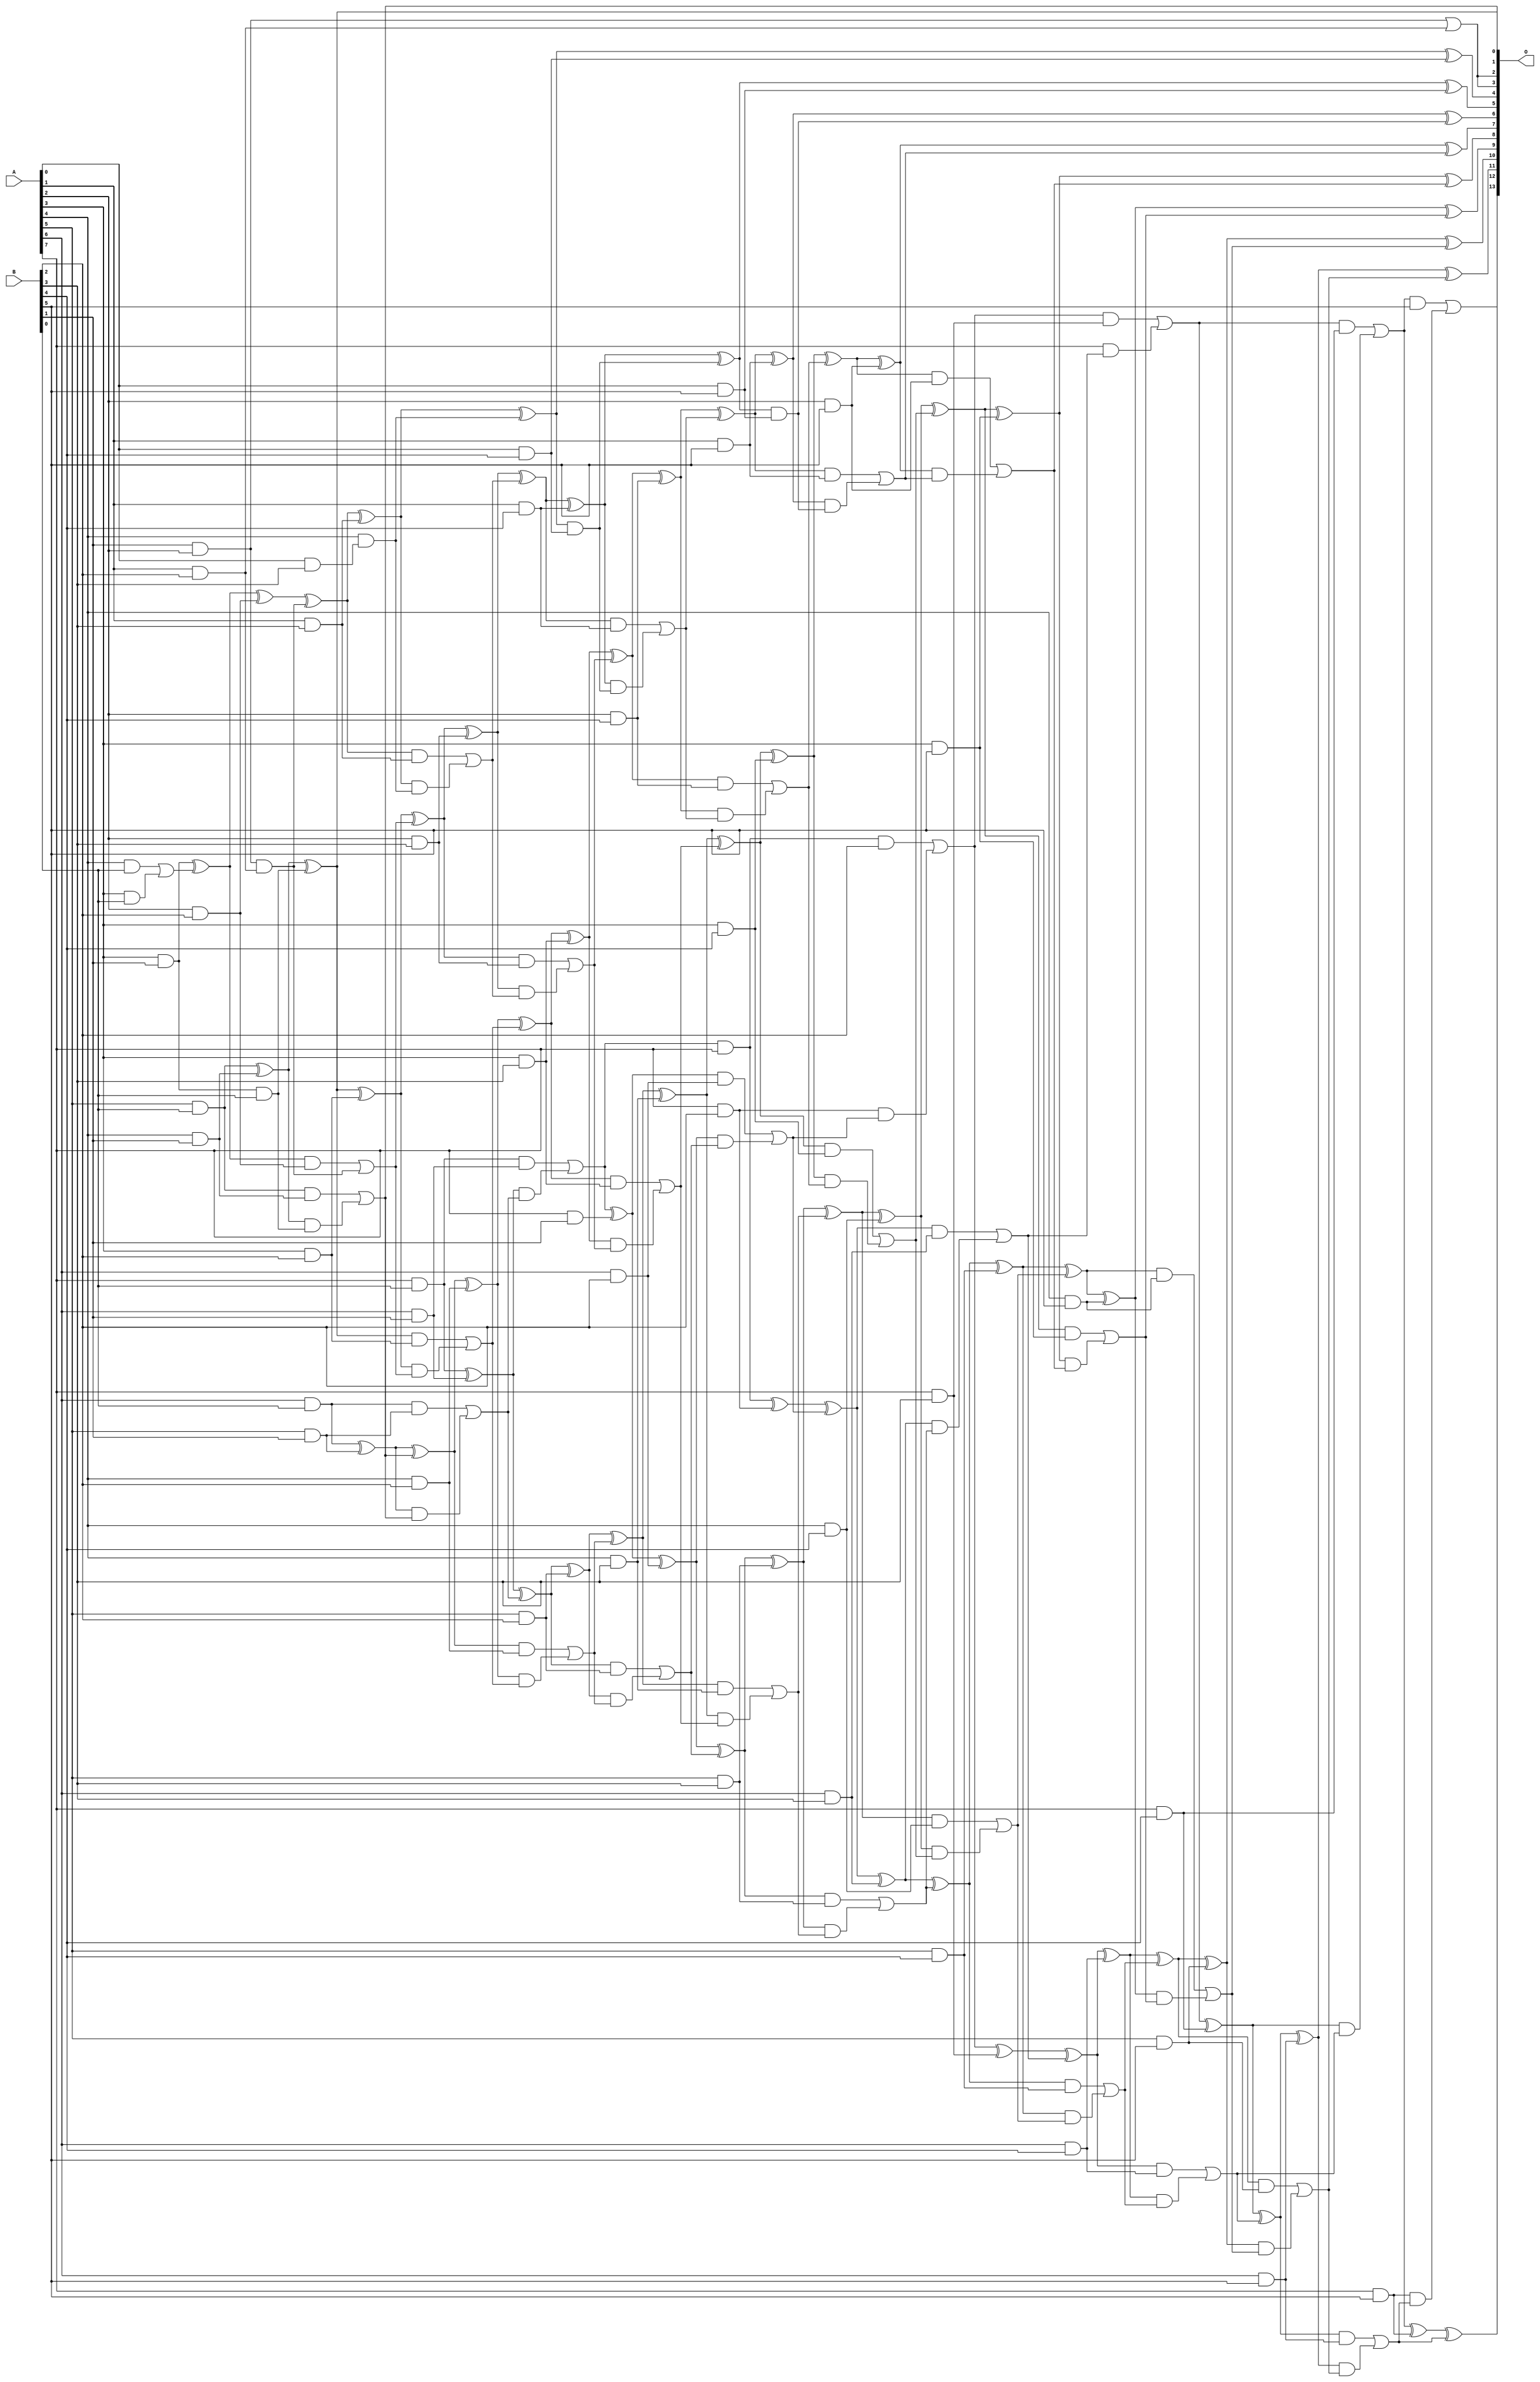
// This program was cloned from: https://github.com/ehw-fit/evoapproxlib
// License: MIT License

/***
* This code is a part of EvoApproxLib library (ehw.fit.vutbr.cz/approxlib) distributed under The MIT License.
* When used, please cite the following article(s): V. Mrazek, L. Sekanina, Z. Vasicek "Libraries of Approximate Circuits: Automated Design and Application in CNN Accelerators" IEEE Journal on Emerging and Selected Topics in Circuits and Systems, Vol 10, No 4, 2020 
* This file contains a circuit from a sub-set of pareto optimal circuits with respect to the pwr and wce parameters
***/
// MAE% = 0.028 %
// MAE = 4.6 
// WCE% = 0.10 %
// WCE = 17 
// WCRE% = 100.00 %
// EP% = 79.69 %
// MRE% = 0.83 %
// MSE = 38 
// PDK45_PWR = 0.234 mW
// PDK45_AREA = 444.9 um2
// PDK45_DELAY = 1.41 ns

module mul8x6u_629 (
    A,
    B,
    O
);

input [7:0] A;
input [5:0] B;
output [13:0] O;

wire sig_16,sig_17,sig_19,sig_20,sig_21,sig_22,sig_27,sig_28,sig_29,sig_37,sig_39,sig_40,sig_41,sig_44,sig_45,sig_47,sig_48,sig_49,sig_50,sig_51;
wire sig_52,sig_53,sig_54,sig_55,sig_56,sig_57,sig_58,sig_59,sig_60,sig_61,sig_62,sig_63,sig_65,sig_66,sig_67,sig_68,sig_69,sig_70,sig_71,sig_74;
wire sig_75,sig_79,sig_80,sig_82,sig_83,sig_84,sig_85,sig_86,sig_87,sig_88,sig_89,sig_90,sig_91,sig_92,sig_93,sig_94,sig_95,sig_96,sig_97,sig_98;
wire sig_99,sig_100,sig_101,sig_102,sig_103,sig_104,sig_105,sig_106,sig_107,sig_108,sig_109,sig_110,sig_111,sig_112,sig_113,sig_114,sig_115,sig_116,sig_117,sig_119;
wire sig_120,sig_121,sig_122,sig_123,sig_124,sig_125,sig_126,sig_127,sig_128,sig_129,sig_130,sig_131,sig_132,sig_133,sig_134,sig_135,sig_136,sig_137,sig_138,sig_139;
wire sig_140,sig_141,sig_142,sig_143,sig_144,sig_145,sig_146,sig_147,sig_148,sig_149,sig_150,sig_151,sig_152,sig_153,sig_154,sig_155,sig_156,sig_157,sig_158,sig_159;
wire sig_160,sig_161,sig_162,sig_163,sig_164,sig_165,sig_166,sig_167,sig_168,sig_169,sig_170,sig_171,sig_172,sig_173,sig_174,sig_175,sig_176,sig_177,sig_178,sig_179;
wire sig_180,sig_181,sig_182,sig_183,sig_184,sig_185,sig_186,sig_187,sig_188,sig_189,sig_190,sig_191,sig_192,sig_193,sig_194,sig_195,sig_196,sig_197,sig_198,sig_199;
wire sig_200,sig_201,sig_202,sig_203,sig_204,sig_205,sig_206,sig_207,sig_208,sig_209,sig_210,sig_211,sig_212,sig_213,sig_214,sig_215,sig_216,sig_217,sig_218,sig_219;
wire sig_220,sig_221,sig_222,sig_223,sig_224,sig_225,sig_226,sig_227,sig_228,sig_229,sig_230,sig_231,sig_232,sig_233,sig_234,sig_235,sig_236,sig_237,sig_238,sig_239;
wire sig_240,sig_241,sig_242,sig_243;

assign sig_16 = A[4] & B[1];
assign sig_17 = A[4] & B[0];
assign sig_19 = A[5] & B[0];
assign sig_20 = A[6] & B[0];
assign sig_21 = A[7] & B[0];
assign sig_22 = A[3] & B[1];
assign sig_27 = A[5] & B[1];
assign sig_28 = A[6] & B[1];
assign sig_29 = A[7] & B[1];
assign sig_37 = ~(B[1] & A[2]);
assign sig_39 = A[3] & B[0];
assign sig_40 = ~sig_37;
assign sig_41 = sig_17 | sig_39;
assign sig_44 = sig_22 & B[0];
assign sig_45 = sig_22 ^ sig_41;
assign sig_47 = sig_19 ^ sig_16;
assign sig_48 = sig_19 & sig_16;
assign sig_49 = sig_47 & sig_44;
assign sig_50 = sig_47 ^ sig_44;
assign sig_51 = sig_48 | sig_49;
assign sig_52 = sig_20 ^ sig_27;
assign sig_53 = sig_20 & sig_27;
assign sig_54 = sig_52 & sig_51;
assign sig_55 = sig_52 ^ sig_51;
assign sig_56 = sig_53 | sig_54;
assign sig_57 = sig_21 ^ sig_28;
assign sig_58 = sig_21 & sig_28;
assign sig_59 = sig_57 & sig_56;
assign sig_60 = sig_57 ^ sig_56;
assign sig_61 = sig_58 | sig_59;
assign sig_62 = sig_61 & A[7];
assign sig_63 = sig_61 ^ sig_29;
assign sig_65 = A[1] & B[2];
assign sig_66 = A[2] & B[2];
assign sig_67 = A[3] & B[2];
assign sig_68 = A[4] & B[2];
assign sig_69 = A[5] & B[2];
assign sig_70 = A[6] & B[2];
assign sig_71 = A[7] & B[2];
assign sig_74 = sig_40 | sig_65;
assign sig_75 = sig_40 & sig_65;
assign sig_79 = sig_45 ^ sig_66;
assign sig_80 = sig_45 & sig_66;
assign sig_82 = sig_79 ^ sig_75;
assign sig_83 = sig_80 | sig_75;
assign sig_84 = sig_50 ^ sig_67;
assign sig_85 = sig_50 & sig_67;
assign sig_86 = sig_84 & sig_83;
assign sig_87 = sig_84 ^ sig_83;
assign sig_88 = sig_85 | sig_86;
assign sig_89 = sig_55 ^ sig_68;
assign sig_90 = sig_55 & sig_68;
assign sig_91 = sig_89 & sig_88;
assign sig_92 = sig_89 ^ sig_88;
assign sig_93 = sig_90 | sig_91;
assign sig_94 = sig_60 ^ sig_69;
assign sig_95 = sig_60 & sig_69;
assign sig_96 = sig_94 & sig_93;
assign sig_97 = sig_94 ^ sig_93;
assign sig_98 = sig_95 | sig_96;
assign sig_99 = sig_63 ^ sig_70;
assign sig_100 = sig_63 & sig_70;
assign sig_101 = sig_99 & sig_98;
assign sig_102 = sig_99 ^ sig_98;
assign sig_103 = sig_100 | sig_101;
assign sig_104 = sig_62 ^ sig_71;
assign sig_105 = sig_62 & B[2];
assign sig_106 = sig_71 & sig_103;
assign sig_107 = sig_104 ^ sig_103;
assign sig_108 = sig_105 | sig_106;
assign sig_109 = A[0] & B[3];
assign sig_110 = A[1] & B[3];
assign sig_111 = A[2] & B[3];
assign sig_112 = A[3] & B[3];
assign sig_113 = A[4] & B[3];
assign sig_114 = A[5] & B[3];
assign sig_115 = A[6] & B[3];
assign sig_116 = A[7] & B[3];
assign sig_117 = A[4] & sig_109;
assign sig_119 = sig_82 ^ sig_110;
assign sig_120 = sig_82 & sig_110;
assign sig_121 = sig_119 & sig_117;
assign sig_122 = sig_119 ^ sig_117;
assign sig_123 = sig_120 | sig_121;
assign sig_124 = sig_87 ^ sig_111;
assign sig_125 = sig_87 & sig_111;
assign sig_126 = sig_124 & sig_123;
assign sig_127 = sig_124 ^ sig_123;
assign sig_128 = sig_125 | sig_126;
assign sig_129 = sig_92 ^ sig_112;
assign sig_130 = sig_92 & sig_112;
assign sig_131 = sig_129 & sig_128;
assign sig_132 = sig_129 ^ sig_128;
assign sig_133 = sig_130 | sig_131;
assign sig_134 = sig_97 ^ sig_113;
assign sig_135 = sig_97 & sig_113;
assign sig_136 = sig_134 & sig_133;
assign sig_137 = sig_134 ^ sig_133;
assign sig_138 = sig_135 | sig_136;
assign sig_139 = sig_102 ^ sig_114;
assign sig_140 = sig_102 & sig_114;
assign sig_141 = sig_139 & sig_138;
assign sig_142 = sig_139 ^ sig_138;
assign sig_143 = sig_140 | sig_141;
assign sig_144 = sig_107 ^ sig_115;
assign sig_145 = sig_107 & sig_115;
assign sig_146 = sig_144 & sig_143;
assign sig_147 = sig_144 ^ sig_143;
assign sig_148 = sig_145 | sig_146;
assign sig_149 = sig_108 ^ sig_116;
assign sig_150 = sig_108 & sig_116;
assign sig_151 = A[7] & sig_148;
assign sig_152 = sig_149 ^ sig_148;
assign sig_153 = sig_150 | sig_151;
assign sig_154 = A[0] & B[4];
assign sig_155 = A[1] & B[4];
assign sig_156 = A[2] & B[4];
assign sig_157 = A[3] & B[4];
assign sig_158 = A[4] & B[4];
assign sig_159 = A[5] & B[4];
assign sig_160 = A[6] & B[4];
assign sig_161 = A[7] & B[4];
assign sig_162 = sig_122 & sig_154;
assign sig_163 = sig_122 ^ sig_154;
assign sig_164 = sig_127 ^ sig_155;
assign sig_165 = sig_127 & sig_155;
assign sig_166 = sig_164 & sig_162;
assign sig_167 = sig_164 ^ sig_162;
assign sig_168 = sig_165 | sig_166;
assign sig_169 = sig_132 ^ sig_156;
assign sig_170 = sig_132 & sig_156;
assign sig_171 = sig_169 & sig_168;
assign sig_172 = sig_169 ^ sig_168;
assign sig_173 = sig_170 | sig_171;
assign sig_174 = sig_137 ^ sig_157;
assign sig_175 = sig_137 & sig_157;
assign sig_176 = sig_174 & sig_173;
assign sig_177 = sig_174 ^ sig_173;
assign sig_178 = sig_175 | sig_176;
assign sig_179 = sig_142 ^ sig_158;
assign sig_180 = sig_142 & sig_158;
assign sig_181 = sig_179 & sig_178;
assign sig_182 = sig_179 ^ sig_178;
assign sig_183 = sig_180 | sig_181;
assign sig_184 = sig_147 ^ sig_159;
assign sig_185 = sig_147 & sig_159;
assign sig_186 = sig_184 & sig_183;
assign sig_187 = sig_184 ^ sig_183;
assign sig_188 = sig_185 | sig_186;
assign sig_189 = sig_152 ^ sig_160;
assign sig_190 = sig_152 & sig_160;
assign sig_191 = sig_189 & sig_188;
assign sig_192 = sig_189 ^ sig_188;
assign sig_193 = sig_190 | sig_191;
assign sig_194 = sig_153 ^ sig_161;
assign sig_195 = sig_153 & sig_161;
assign sig_196 = sig_194 & sig_193;
assign sig_197 = sig_194 ^ sig_193;
assign sig_198 = sig_195 | sig_196;
assign sig_199 = A[0] & B[5];
assign sig_200 = A[1] & B[5];
assign sig_201 = A[2] & B[5];
assign sig_202 = A[3] & B[5];
assign sig_203 = A[4] & B[5];
assign sig_204 = A[5] & B[5];
assign sig_205 = A[6] & B[5];
assign sig_206 = A[7] & B[5];
assign sig_207 = sig_167 & sig_199;
assign sig_208 = sig_167 ^ sig_199;
assign sig_209 = sig_172 ^ sig_200;
assign sig_210 = sig_172 & sig_200;
assign sig_211 = sig_209 & sig_207;
assign sig_212 = sig_209 ^ sig_207;
assign sig_213 = sig_210 | sig_211;
assign sig_214 = sig_177 ^ sig_201;
assign sig_215 = sig_177 & sig_201;
assign sig_216 = sig_214 & sig_213;
assign sig_217 = sig_214 ^ sig_213;
assign sig_218 = sig_215 | sig_216;
assign sig_219 = sig_182 ^ sig_202;
assign sig_220 = sig_182 & sig_202;
assign sig_221 = sig_219 & sig_218;
assign sig_222 = sig_219 ^ sig_218;
assign sig_223 = sig_220 | sig_221;
assign sig_224 = sig_187 ^ sig_203;
assign sig_225 = sig_187 & sig_203;
assign sig_226 = sig_224 & sig_223;
assign sig_227 = sig_224 ^ sig_223;
assign sig_228 = sig_225 | sig_226;
assign sig_229 = sig_192 ^ sig_204;
assign sig_230 = sig_192 & sig_204;
assign sig_231 = sig_229 & sig_228;
assign sig_232 = sig_229 ^ sig_228;
assign sig_233 = sig_230 | sig_231;
assign sig_234 = sig_197 ^ sig_205;
assign sig_235 = sig_197 & sig_205;
assign sig_236 = sig_234 & sig_233;
assign sig_237 = sig_234 ^ sig_233;
assign sig_238 = sig_235 | sig_236;
assign sig_239 = sig_198 ^ sig_206;
assign sig_240 = sig_198 & B[5];
assign sig_241 = sig_206 & sig_238;
assign sig_242 = sig_239 ^ sig_238;
assign sig_243 = sig_240 | sig_241;

assign O[13] = sig_243;
assign O[12] = sig_242;
assign O[11] = sig_237;
assign O[10] = sig_232;
assign O[9] = sig_227;
assign O[8] = sig_222;
assign O[7] = sig_217;
assign O[6] = sig_212;
assign O[5] = sig_208;
assign O[4] = sig_163;
assign O[3] = sig_74;
assign O[2] = sig_74;
assign O[1] = sig_51;
assign O[0] = sig_50;

endmodule